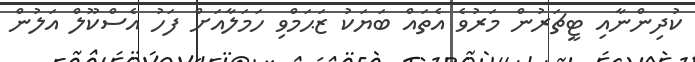
ކުދިންނާއި ޓީޗަރުން މަރުވެ އެތައް ބަޔަކު ޒަޙަމްވި ހަމަލާއަށް ފަހު އެސްކޫލް އަލުން